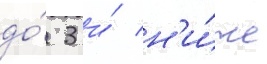
до́ 3 и́ н'и́же